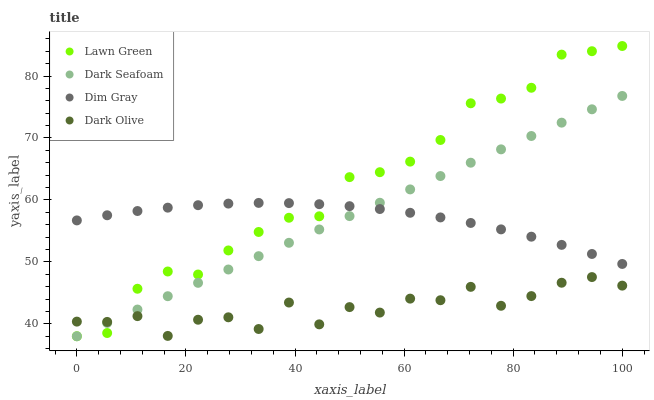
| xaxis_label | Lawn Green | Dark Seafoam | Dim Gray | Dark Olive |
 | --- | --- | --- | --- | --- |
 | 0 | 38 | 38 | 56.7 | 40.4 |
 | 5.56 | 38.5 | 40.2 | 57.5 | 40.3 |
 | 11.1 | 45.7 | 42.3 | 58.2 | 41.2 |
 | 16.7 | 48.5 | 44.5 | 58.8 | 38.1 |
 | 22.2 | 48 | 46.6 | 59.2 | 40.7 |
 | 27.8 | 51.9 | 48.8 | 59.4 | 41.1 |
 | 33.3 | 54.8 | 50.9 | 59.5 | 39.2 |
 | 38.9 | 57.1 | 53.1 | 59.5 | 43.4 |
 | 44.4 | 57.4 | 55.2 | 59.3 | 39.9 |
 | 50 | 63.7 | 57.4 | 59 | 42.7 |
 | 55.6 | 64.5 | 59.5 | 58.5 | 41.8 |
 | 61.1 | 66.2 | 61.7 | 57.9 | 44.1 |
 | 66.7 | 69.7 | 63.9 | 57.2 | 43.8 |
 | 72.2 | 75.6 | 66 | 56.3 | 46 |
 | 77.8 | 76.4 | 68.2 | 55.3 | 42.9 |
 | 83.3 | 78.1 | 70.3 | 54.1 | 44.5 |
 | 88.9 | 83.5 | 72.5 | 52.7 | 46.6 |
 | 94.4 | 84 | 74.6 | 51.3 | 47.6 |
 | 100 | 84.8 | 76.8 | 49.7 | 46.2 |